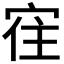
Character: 𰍀